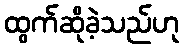
ထွက်ဆိုခဲ့သည်ဟု